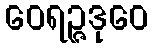
ဝေရဉ္ဇဒုဝေ